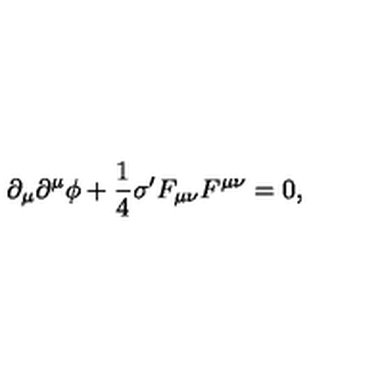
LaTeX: \partial _ { \mu } \partial ^ { \mu } \phi + \frac { 1 } { 4 } \sigma ^ { \prime } F _ { \mu \nu } F ^ { \mu \nu } = 0 ,